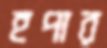
হপার